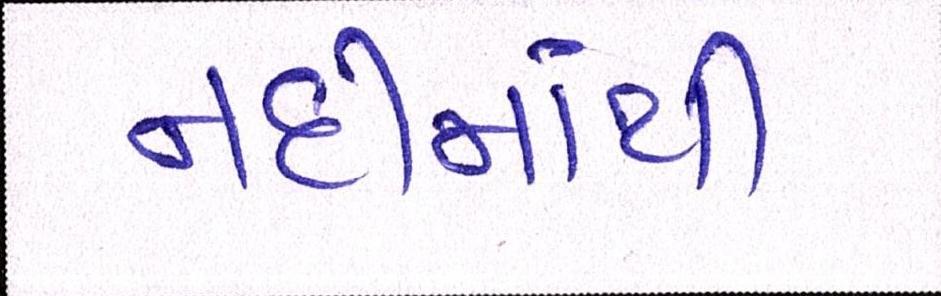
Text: નદીમાંથી